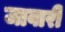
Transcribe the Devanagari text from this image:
जावारी